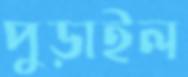
পুড়াইল